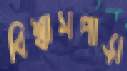
বিশ্বাসপাড়া